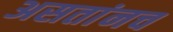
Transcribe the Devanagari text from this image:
असतांनच